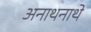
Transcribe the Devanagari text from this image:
अनाथनाथे